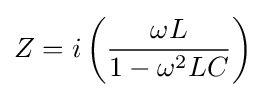
Z=i\left({\frac {\omega L}{1-\omega ^{2}LC}}\right)